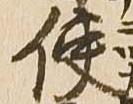
使